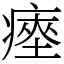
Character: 瘞